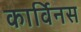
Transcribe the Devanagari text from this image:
कार्विनस